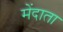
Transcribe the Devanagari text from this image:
मेंदाता